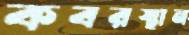
কবরস্থান